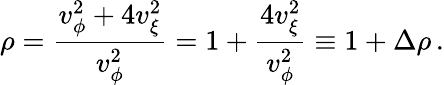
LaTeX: \rho=\frac{v_{\phi}^{2}+4v_{\xi}^{2}}{v_{\phi}^{2}}=1+\frac{4v_{\xi}^{2}}{v_{\phi}^{2}}\equiv 1+\Delta\rho\, .